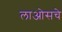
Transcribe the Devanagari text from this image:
लाओसचे